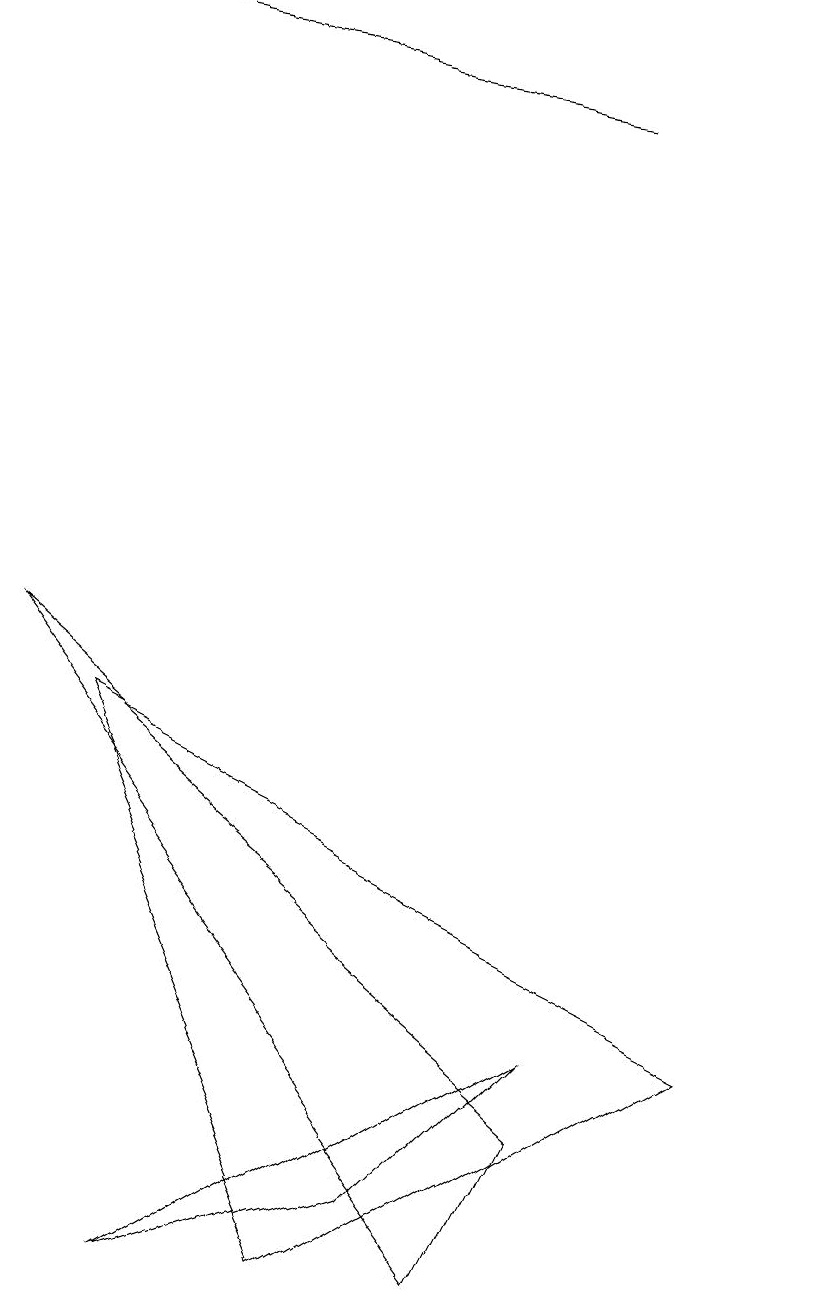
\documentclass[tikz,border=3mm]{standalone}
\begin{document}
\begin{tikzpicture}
\draw (10,12) circle (0);
\draw[->] (7,15) -- (1,16);
\draw (2,0) -- (7,3) -- (5,1) -- cycle;
\draw (1,7) -- (4,0) -- (9,3) -- cycle;
\draw (6,0) -- (0,8) -- (7,2) -- cycle;
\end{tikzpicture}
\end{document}